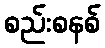
စည်းစနစ်